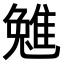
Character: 𨿮